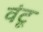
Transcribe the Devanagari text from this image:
वंटू